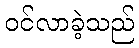
ဝင်လာခဲ့သည်